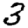
Digit: 3